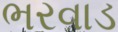
ભરવાડ